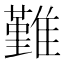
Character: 𩀤